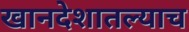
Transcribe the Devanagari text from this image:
खानदेशातल्याच